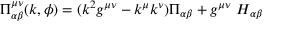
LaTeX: \Pi _ { \alpha \beta } ^ { \mu \nu } ( k , \phi ) = ( k ^ { 2 } g ^ { \mu \nu } - k ^ { \mu } k ^ { \nu } ) \Pi _ { \alpha \beta } + g ^ { \mu \nu } \ H _ { \alpha \beta }